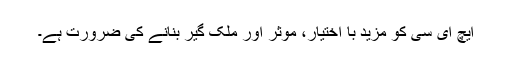
ایچ ای سی کو مزید با اختیار، موثر اور ملک گیر بنانے کی ضرورت ہے۔